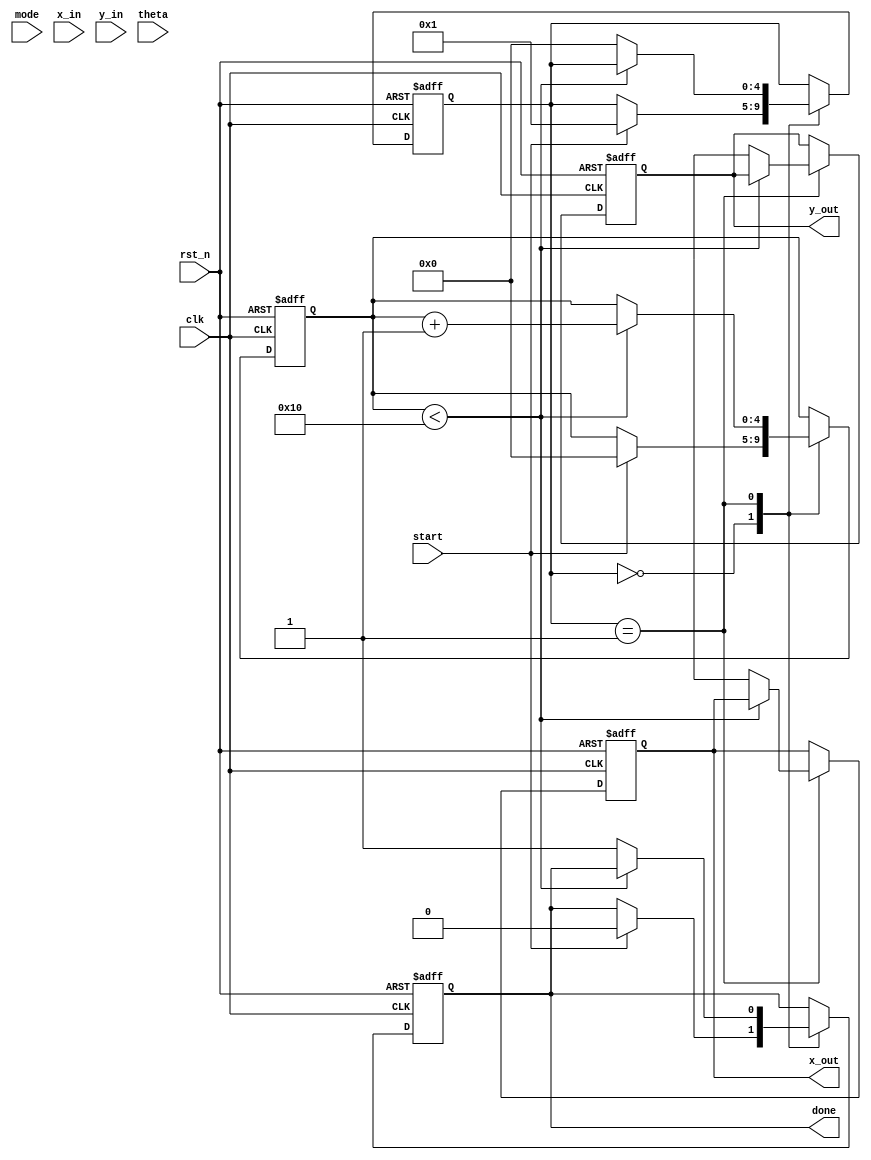
module modified_cordic #(
    parameter DATA_WIDTH = 16,
    parameter ITERATIONS = 16
)(
    input wire clk,
    input wire rst_n,
    input wire start,
    input wire mode, // 0 for rotation, 1 for vectoring
    input wire signed [DATA_WIDTH-1:0] x_in,
    input wire signed [DATA_WIDTH-1:0] y_in,
    input wire signed [DATA_WIDTH-1:0] theta, // Angle input for rotation mode
    output reg signed [DATA_WIDTH-1:0] x_out,
    output reg signed [DATA_WIDTH-1:0] y_out,
    output reg done
);

    // Internal signals
    reg signed [DATA_WIDTH-1:0] x[0:ITERATIONS-1];
    reg signed [DATA_WIDTH-1:0] y[0:ITERATIONS-1];
    reg signed [DATA_WIDTH-1:0] z[0:ITERATIONS-1];
    reg [4:0] iteration;
    reg [4:0] state;

    // CORDIC angle lookup table (arctan(2^-i))
    reg signed [DATA_WIDTH-1:0] atan_lut [0:ITERATIONS-1];

    initial begin
        // Initialize the arctan lookup table
        atan_lut[0] = 16'h1C71; // atan(1) = 45 degrees in Q15 format
        atan_lut[1] = 16'h0D89; // atan(0.5) = 26.565 degrees
        atan_lut[2] = 16'h05A8; // atan(0.25) = 14.036 degrees
        // ... Fill in the rest of the LUT values
        // atan_lut[3] = ...
        // ...
    end

    // State machine for CORDIC iterations
    always @(posedge clk or negedge rst_n) begin
        if (!rst_n) begin
            iteration <= 0;
            state <= 0;
            done <= 0;
            x_out <= 0;
            y_out <= 0;
        end else begin
            case (state)
                0: begin // Initialization
                    if (start) begin
                        x[0] <= x_in;
                        y[0] <= y_in;
                        z[0] <= (mode == 0) ? theta : 0; // Set angle for rotation mode
                        iteration <= 0;
                        state <= 1;
                        done <= 0;
                    end
                end
                1: begin // CORDIC iterations
                    if (iteration < ITERATIONS) begin
                        // Perform rotation or vectoring
                        if (z[iteration] < 0) begin
                            x[iteration + 1] <= x[iteration] + (y[iteration] >>> iteration);
                            y[iteration + 1] <= y[iteration] - (x[iteration] >>> iteration);
                            z[iteration + 1] <= z[iteration] + atan_lut[iteration];
                        end else begin
                            x[iteration + 1] <= x[iteration] - (y[iteration] >>> iteration);
                            y[iteration + 1] <= y[iteration] + (x[iteration] >>> iteration);
                            z[iteration + 1] <= z[iteration] - atan_lut[iteration];
                        end
                        iteration <= iteration + 1;
                    end else begin
                        // Final output
                        x_out <= x[ITERATIONS];
                        y_out <= y[ITERATIONS];
                        done <= 1;
                        state <= 0; // Reset state
                    end
                end
            endcase
        end
    end
endmodule